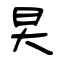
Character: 旲